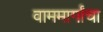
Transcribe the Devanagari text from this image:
वाममार्गांचा